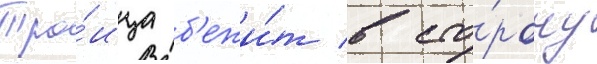
Тро́ица б'ежи́т в сто́рону